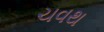
ચવથ